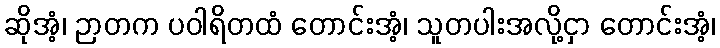
ဆိုအံ့၊ ဉာတက ပဝါရိတထံ တောင်းအံ့၊ သူတပါးအလို့ငှာ တောင်းအံ့၊